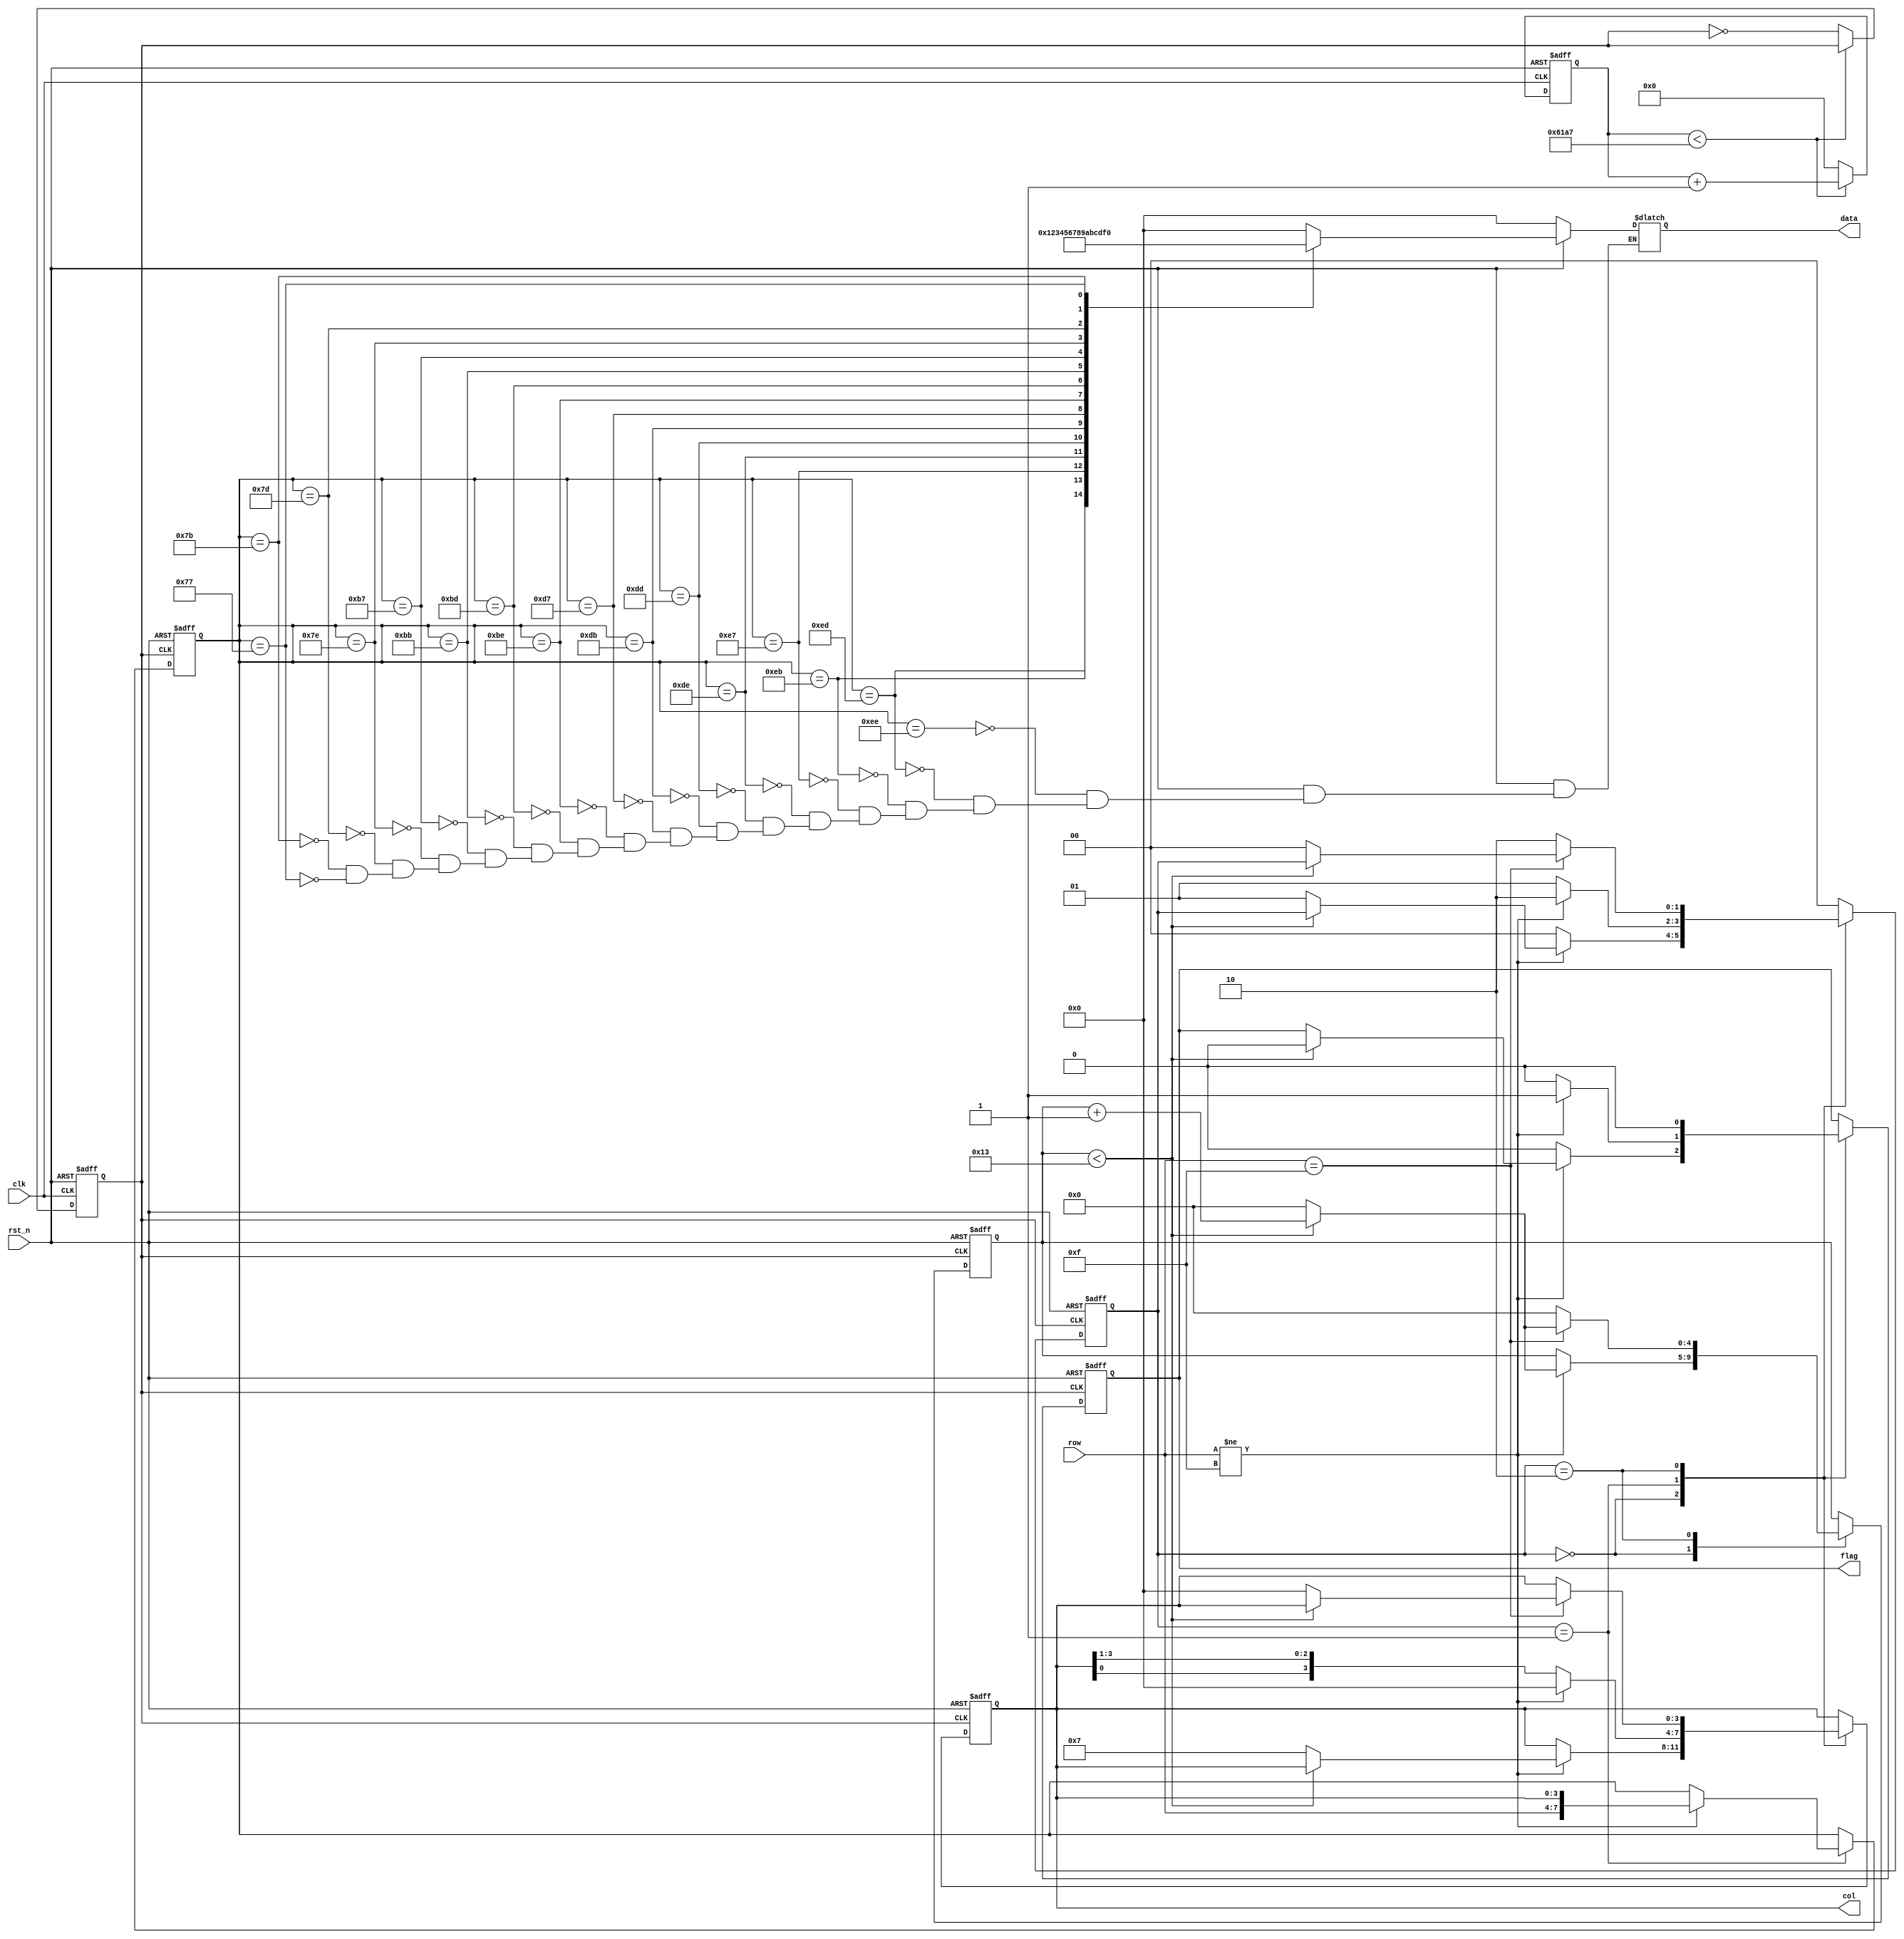
module key_scan(clk, rst_n, row, col, flag, data);

	input clk;
	input rst_n;
	input [3:0] row;
	
	output reg [3:0] col;
	output reg flag;
	output reg [3:0] data;
	
	//1khz,1ms
	reg [31:0] counter;
	reg clk_1khz;
	
	parameter cnt_num = 50_000_000 / 1000 / 2 - 1;
	
	always @ (posedge clk or negedge rst_n)
	begin
		if(!rst_n)
			begin
				counter <= 32'd0;
				clk_1khz <= 1'd0;
			end
		else
			begin
				if(counter < cnt_num)
					counter <= counter + 1;
				else
					begin
						counter <= 0;
						clk_1khz <= ~clk_1khz;
					end
			end
	end
	
	//
	reg [4:0] cnt_time;   //
	reg [7:0] row_col;	//
	reg [1:0] state;		//
	
	parameter s0 = 2'b00;
	parameter s1 = 2'b01;
	parameter s2 = 2'b10;
	
	always @ (posedge clk_1khz or negedge rst_n)
	begin
		if(!rst_n)
			begin
				cnt_time <= 5'd0;
				row_col <= 8'd0;
				state <= s0;
				col <= 4'b0000;
				flag <= 0;
			end
		else
			begin
				case(state)
					s0	:	begin
								if(row != 4'b1111)
									begin
										if(cnt_time < 19)
											begin
												cnt_time <= cnt_time + 1;
												flag <= 1'd0;
											end
										else
											begin
												cnt_time <= 0;
												col <= 4'b0111;
												state <= s1;
											end
									end
								else
									begin
										state <= s0;
										flag <= 1'd0;
									end
							end
					
					s1	:	begin
								if(row != 4'b1111)
									begin
										row_col <= {row,col};
										flag <= 1;
										col <= 4'b0000;	//
										state <= s2;
									end
								else
									begin
										col <= {col[0],col[3:1]};
										flag <= 0;
										state <= s1;
									end
							end
							
					s2	:	begin
								if(row == 4'b1111)
									begin
										if(cnt_time < 19)
											begin
												cnt_time <= cnt_time + 1;
												flag <= 0;
											end
										else
											begin
												flag <= 0;
												cnt_time <= 0;
												state <= s0;
												col <= 4'b0000;
											end
									end
								else
									begin
										cnt_time <= 0;
										flag <= 0;
										state <= s2;
									end
							end
					default	:	state <= s0;
				endcase
			end
	end
	
	always @ (*)
	begin
		if(!rst_n)
			data = 4'd0;
		else
			case(row_col)
				8'b1110_1110	:	data = 4'd0;
				8'b1110_1101	:	data = 4'd1;
				8'b1110_1011	:	data = 4'd2;
				8'b1110_0111	:	data = 4'd3;
				
				8'b1101_1110	:	data = 4'd4;
				8'b1101_1101	:	data = 4'd5;
				8'b1101_1011	:	data = 4'd6;
				8'b1101_0111	:	data = 4'd7;
				
				8'b1011_1110	:	data = 4'd8;
				8'b1011_1101	:	data = 4'd9;
				8'b1011_1011	:	data = 4'd10;
				8'b1011_0111	:	data = 4'd11;
				
				8'b0111_1110	:	data = 4'd12;
				8'b0111_1101	:	data = 4'd13;
				8'b0111_1011	:	data = 4'd14;
				8'b0111_0111	:	data = 4'd15;
			endcase
	end

endmodule